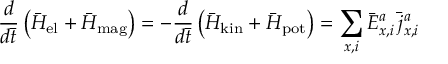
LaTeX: { \frac { d } { d \bar { t } } } \left( \bar { H } _ { \mathrm { e l } } + \bar { H } _ { \mathrm { m a g } } \right) = - { \frac { d } { d \bar { t } } } \left( \bar { H } _ { \mathrm { k i n } } + \bar { H } _ { \mathrm { p o t } } \right) = \sum _ { x , i } \bar { E } _ { x , i } ^ { a } \, { \bar { j } } _ { x , i } ^ { a }